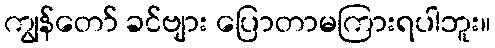
ကျွန်တော် ခင်ဗျား ပြောတာမကြားရပါဘူး။